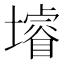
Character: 龼